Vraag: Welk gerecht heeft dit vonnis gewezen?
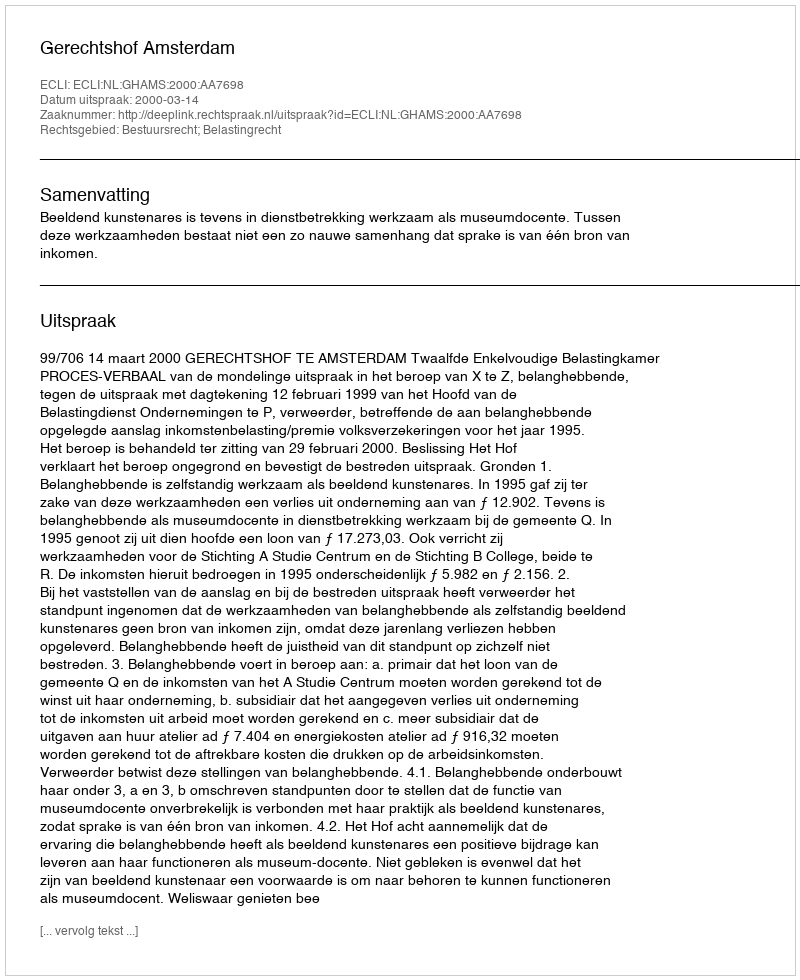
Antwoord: Gerechtshof Amsterdam